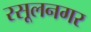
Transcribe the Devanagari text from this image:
रसूलनगर